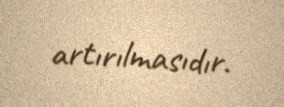
artırılmasıdır.